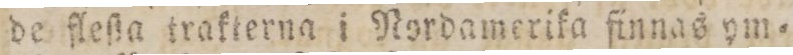
de fleſta trakterna i Nordamerika finnas ym=